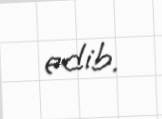
edib.